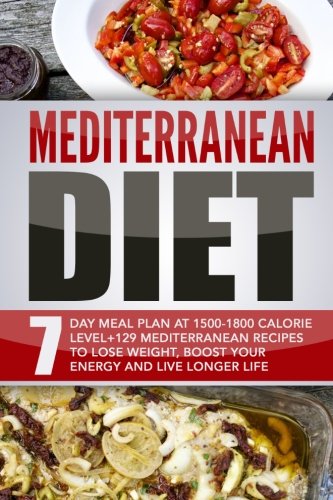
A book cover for Mediterranean Diet: 7 Day Meal Plan At 1500-1800 Calorie Level+129 Mediterranean Recipes To Lose Weight, Boost Your Energy And Live Longer Life; Sofia Antoniou; Cookbooks, Food & Wine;